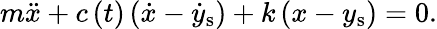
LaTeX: m\ddot{x}+c\left(t\right)\left(\dot{x}-\dot{y}_{\mathrm{s}}\right)+k\left(x-y_{\mathrm{s}}\right)=0.